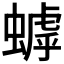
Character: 𬠦